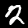
Digit: 2